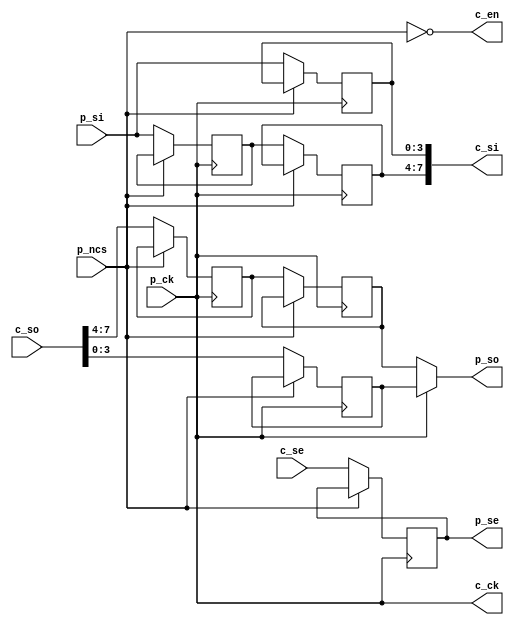
module sphy (
    p_ck, p_ncs, p_se, p_so, p_si,
    c_ck, c_en, c_se, c_so, c_si
);
    // pad side
    input        p_ck;
    input        p_ncs;
    output [3:0] p_se;
    output [3:0] p_so;
    input  [3:0] p_si;

    // controller side
    output       c_ck;
    output       c_en;
    input  [3:0] c_se;
    input  [7:0] c_so;
    output [7:0] c_si;

    reg       ncs;
    reg [3:0] se, so0, so1, so2, si0, si1, si2;

    // clock buffer
    assign c_ck = p_ck;

    // enable
    assign c_en = ~p_ncs;

    // enable output data
    always @(posedge c_ck) if (c_en) se <= c_se;
    assign p_se = se;

    // output data
    always @(posedge c_ck) if (c_en) so0 <= c_so[3:0];
    always @(posedge c_ck) if (c_en) so1 <= c_so[7:4];
    always @(negedge c_ck) if (c_en) so2 <= so1;
    assign p_so = c_ck ? so0 : so2;

    // input data
    always @(posedge c_ck) if (c_en) si0 <= p_si;
    always @(negedge c_ck) if (c_en) si1 <= p_si;
    always @(posedge c_ck) if (c_en) si2 <= si1;
    assign c_si = {si2, si0};

endmodule